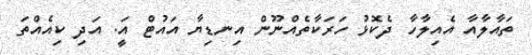
ތައާލާއާ އެއިލާހާ ދެކޮޅު ހަރަކާތެއްނޫން އިނޑިޔާ އައުޓް އަީ. އަދި ކިއެއްތަ